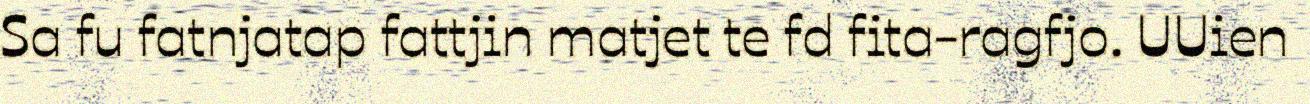
Sa fu fatnjatap fattjin matjet te fd fita-ragfjo. UUien